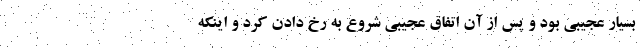
بسیار عجیبی بود و پس از آن اتفاق عجیبی شروع به رخ دادن کرد و اینکه